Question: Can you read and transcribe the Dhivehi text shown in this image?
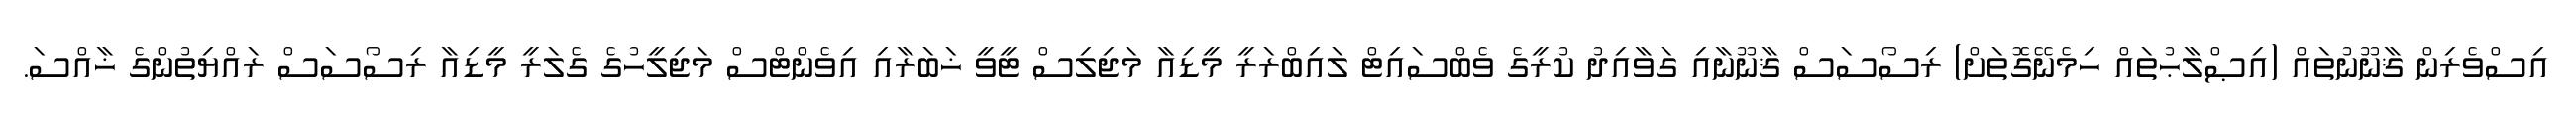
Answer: އިސްވެރިން ޤާނޫނުތައް (އިޞްލާޙުތައް ހިމެނޭގޮތަށް) ރިސޯސަސް ޤާނޫނާއި ގަވާއިދު ކުރީގެ ވެބްސައިޓް ލައިބްރަރީ މީޑިއާ މަޖިލިސް ޓީވީ ޚަބަރާއި އިވެންޓްސް މަޖިލީހުގެ ގެލަރީ މީޑިއާ ރިސޯސަސް ރައްޔިތުންގެ ޚާއްސަ.